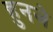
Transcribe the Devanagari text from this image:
हुनजे